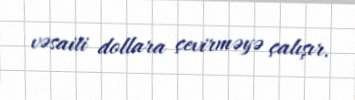
vəsaiti dollara çevirməyə çalışır.